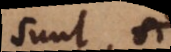
sunt nisi